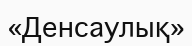
«Денсаулық»